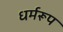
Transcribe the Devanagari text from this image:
धर्मरूप